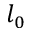
l _ { 0 }